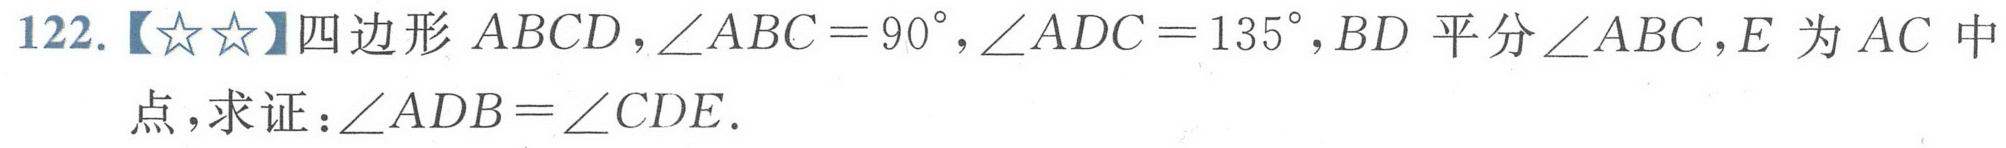
122.【\(☆☆\)】四边形 \(ABCD\)，\(\angle ABC = 90^{\circ}\)，\(\angle ADC = 135^{\circ}\)，\(BD\) 平分\(\angle ABC\)，\(E\) 为 \(AC\) 中点，求证：\(\angle ADB=\angle CDE\).